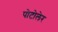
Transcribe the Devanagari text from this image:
पोटोलेर